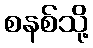
စနစ်သို့